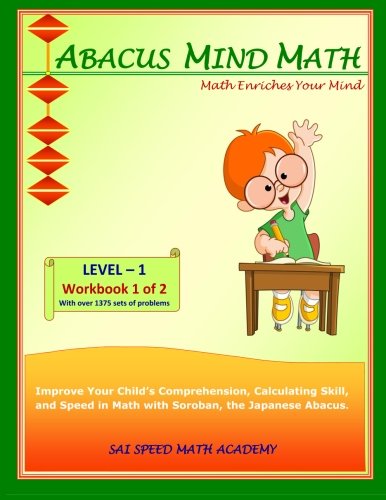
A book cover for Abacus Mind Math Level 1 Workbook 1 of 2: Excel at Mind Math with Soroban, a Japanese Abacus; SAI Speed Math Academy; Science & Math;